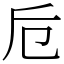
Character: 卮